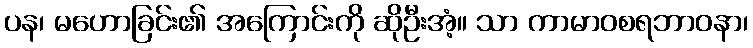
ပန၊ မဟောခြင်း၏ အကြောင်းကို ဆိုဦးအံ့။ သာ ကာမာဝစရဘာဝနာ၊